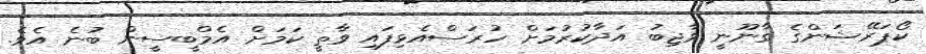
ކޯޕަރޭޝަންގެ ގާނޫނީ ވާޖިބު އަދާކުރުމަށް ހުރަސްއެޅިފައި ވާތީ ކަމަށް އެމްބީސީން ބުނެ އެވެ.